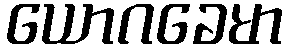
ယောဂခေမာ